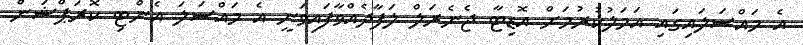
އެ މައްސަލައިގައި އަމަލުކުރުމަށް އޮޑިޓާ ޖެނެރަލް ލަފާދެއްވާފައިވަނީ އެ މައްސަލަ އެންޓި ކޮރަޕްޝަން